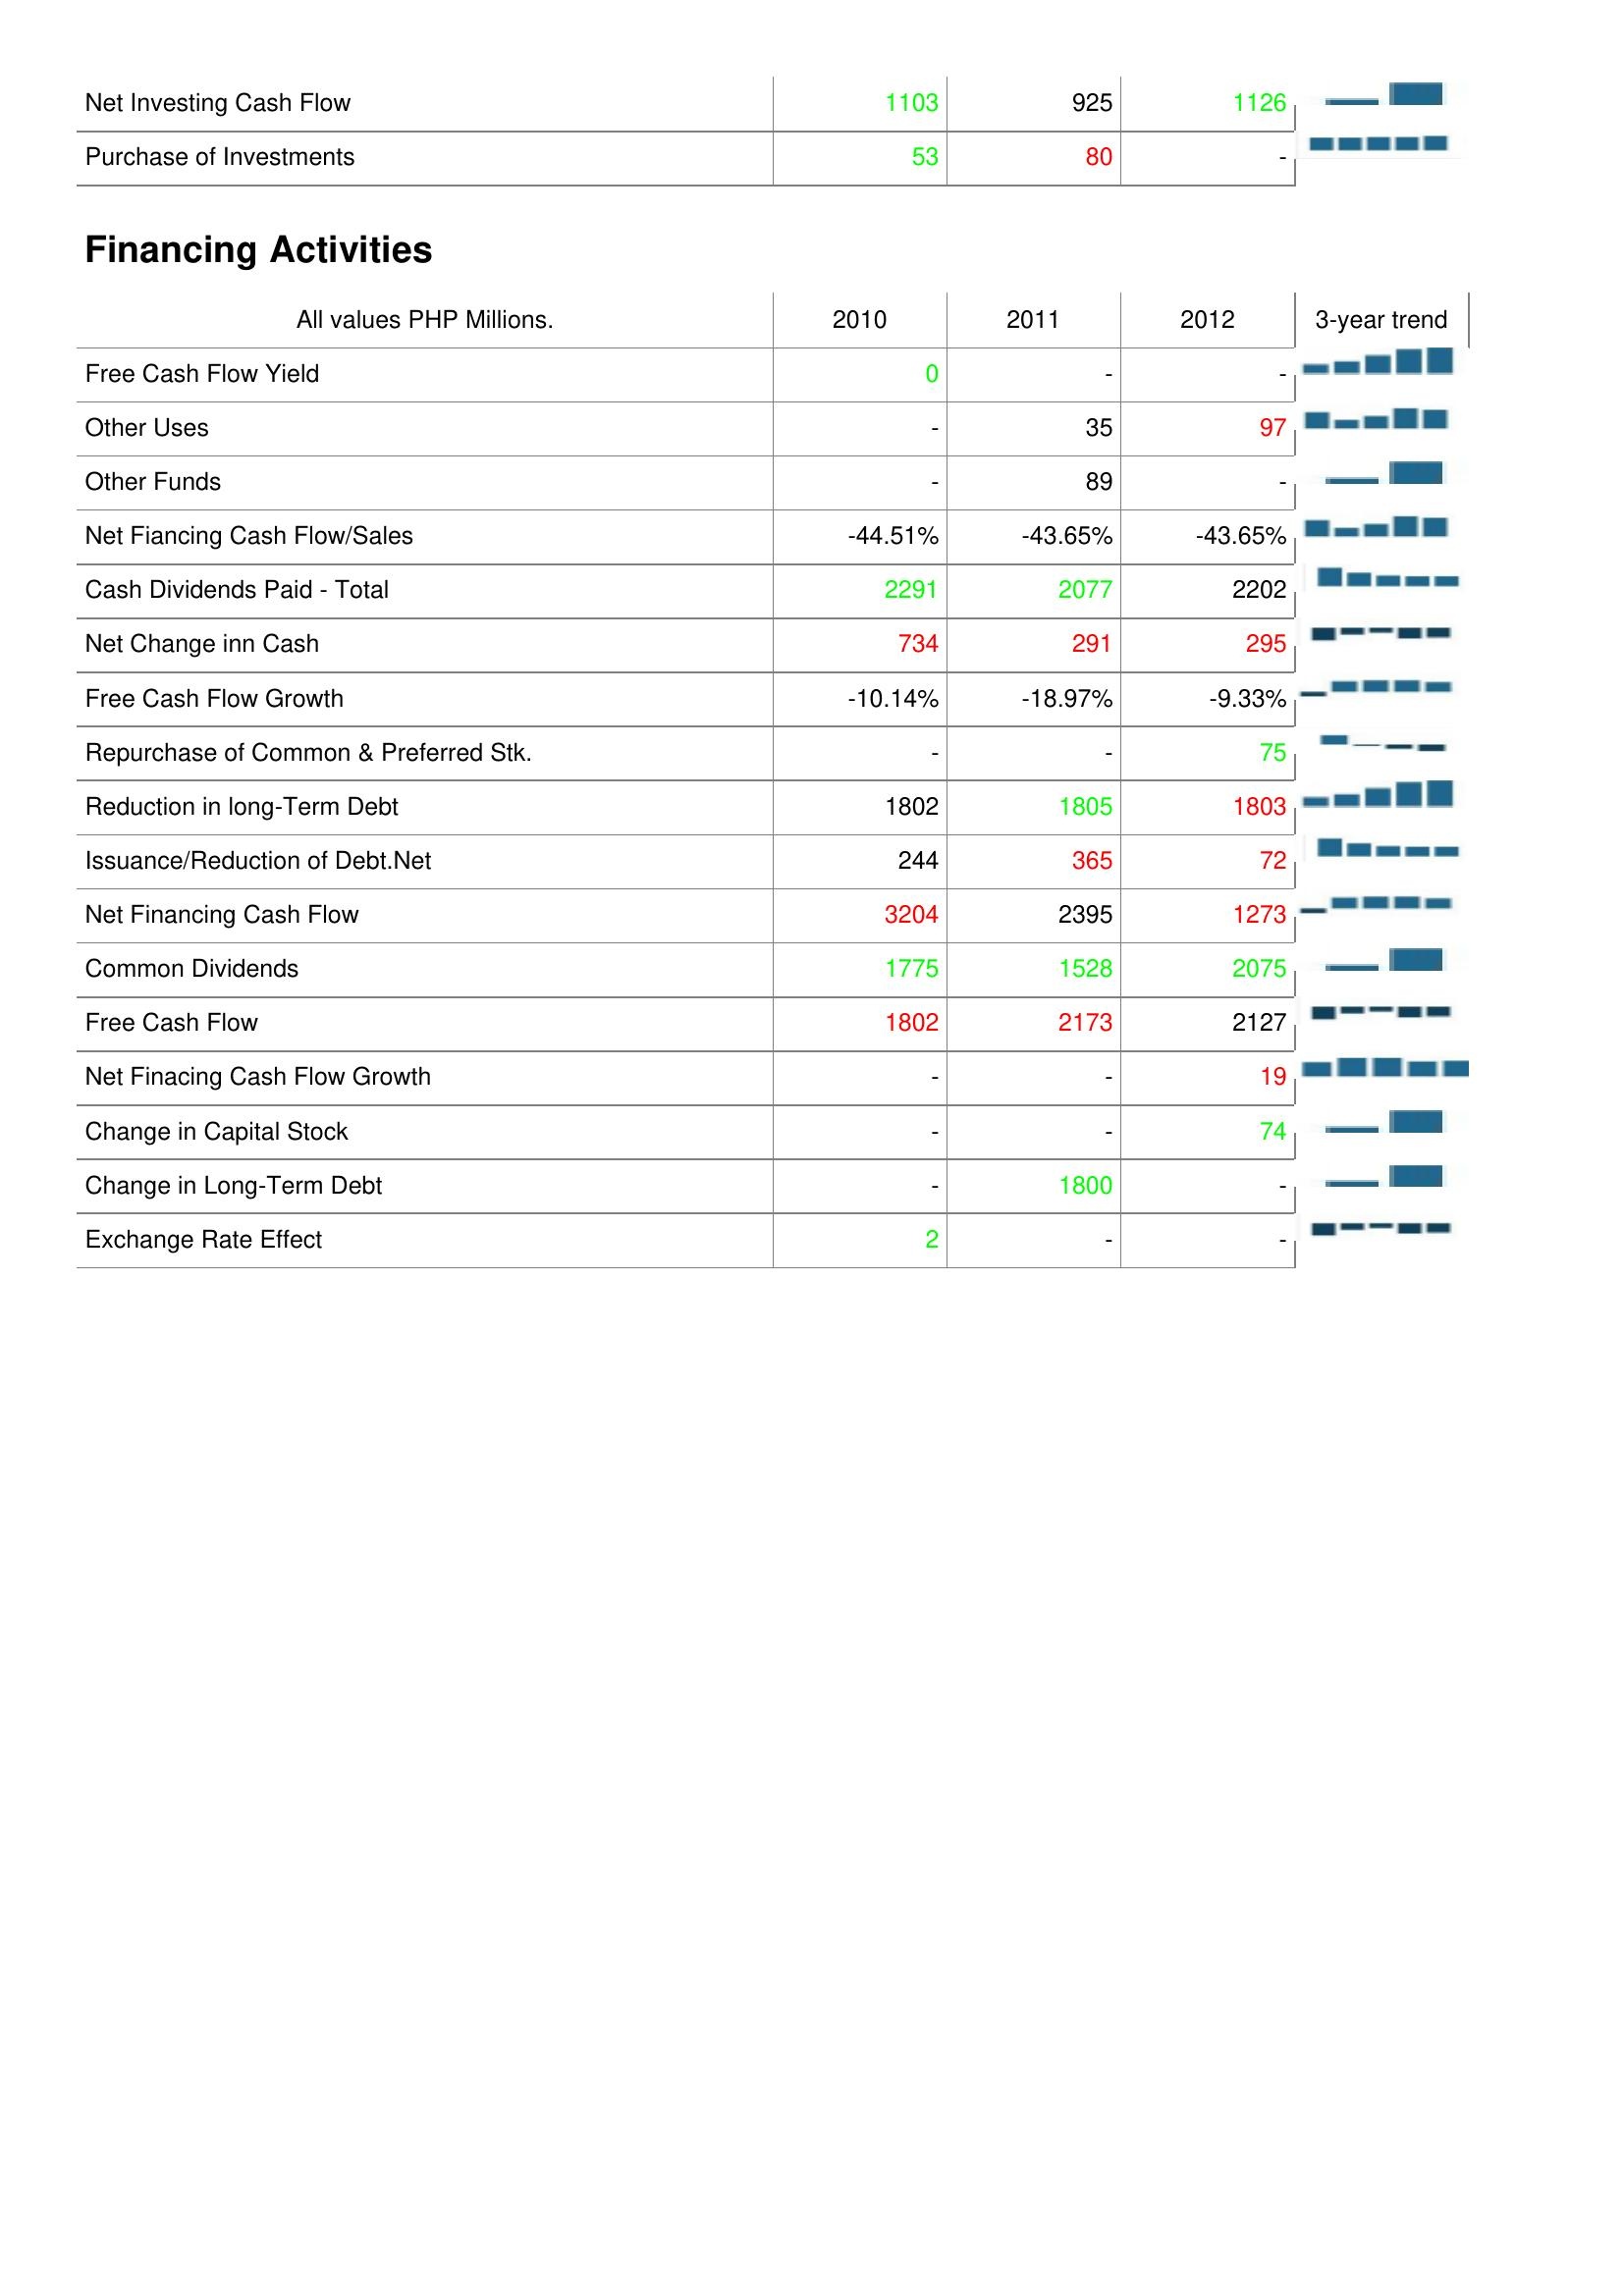
2010: Investing Activities: Net Investing Cash Flow: 1103
Purchase of Investments: 53
Financing Activities: Free Cash Flow Yield: 0
Other Uses: -
Other Funds: -
Net Fiancing Cash Flow/Sales: -44.51%
Cash Dividends Paid - Total: 2291
Net Change inn Cash: 734
Free Cash Flow Growth: -10.14%
Repurchase of Common & Preferred Stk.: -
Reduction in long-Term Debt: 1802
Issuance/Reduction of Debt.Net: 244
Net Financing Cash Flow: 3204
Common Dividends: 1775
Free Cash Flow: 1802
Net Finacing Cash Flow Growth: -
Change in Capital Stock: -
Change in Long-Term Debt: -
Exchange Rate Effect: 2
2011: Investing Activities: Net Investing Cash Flow: 925
Purchase of Investments: 80
Financing Activities: Free Cash Flow Yield: -
Other Uses: 35
Other Funds: 89
Net Fiancing Cash Flow/Sales: -43.65%
Cash Dividends Paid - Total: 2077
Net Change inn Cash: 291
Free Cash Flow Growth: -18.97%
Repurchase of Common & Preferred Stk.: -
Reduction in long-Term Debt: 1805
Issuance/Reduction of Debt.Net: 365
Net Financing Cash Flow: 2395
Common Dividends: 1528
Free Cash Flow: 2173
Net Finacing Cash Flow Growth: -
Change in Capital Stock: -
Change in Long-Term Debt: 1800
Exchange Rate Effect: -
2012: Investing Activities: Net Investing Cash Flow: 1126
Purchase of Investments: -
Financing Activities: Free Cash Flow Yield: -
Other Uses: 97
Other Funds: -
Net Fiancing Cash Flow/Sales: -43.65%
Cash Dividends Paid - Total: 2202
Net Change inn Cash: 295
Free Cash Flow Growth: -9.33%
Repurchase of Common & Preferred Stk.: 75
Reduction in long-Term Debt: 1803
Issuance/Reduction of Debt.Net: 72
Net Financing Cash Flow: 1273
Common Dividends: 2075
Free Cash Flow: 2127
Net Finacing Cash Flow Growth: 19
Change in Capital Stock: 74
Change in Long-Term Debt: -
Exchange Rate Effect: -